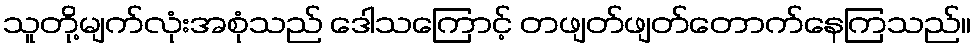
သူတို့မျက်လုံးအစုံသည် ဒေါသကြောင့် တဖျတ်ဖျတ်တောက်နေကြသည်။